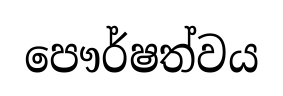
පෞර්ෂත්වය